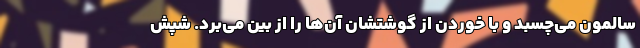
سالمون می‌چسبد و با خوردن از گوشتشان آن‌ها را از بین می‌برد. شپش